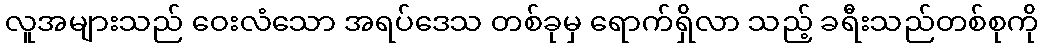
လူအများသည် ဝေးလံသော အရပ်ဒေသ တစ်ခုမှ ရောက်ရှိလာ သည့် ခရီးသည်တစ်စုကို